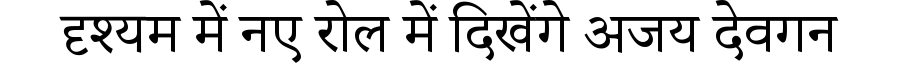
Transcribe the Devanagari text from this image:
दृश्यम में नए रोल में दिखेंगे अजय देवगन